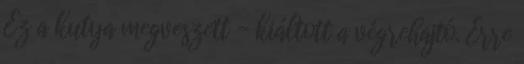
Ez a kutya megveszett - kiáltott a végrehajtó. Erre